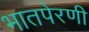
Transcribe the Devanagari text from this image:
भातपेरणी